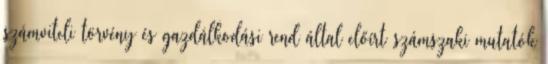
számviteli törvény és gazdálkodási rend által előírt számszaki mutatók